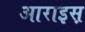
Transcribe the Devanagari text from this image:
आराइस़